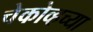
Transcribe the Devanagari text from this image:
चेकोव्हच्या